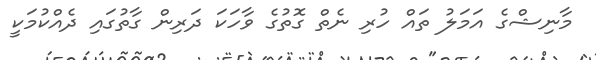
މާނިޝްގެ އަމަލު ތައް ހުރި ނެތް ގޮތުގެ ވާހަކަ ދަރިން ގާތުގައި ދެއްކުމަކީ